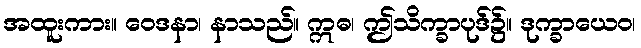
အထူးကား။ ဝေဒနာ၊ နာသည်။ ဣဓ၊ ဤသိက္ခာပုဒ်၌။ ဒုက္ခာယေဝ၊